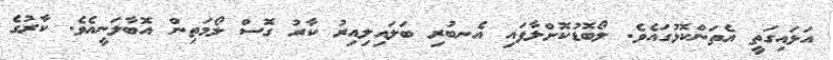
އަޅައިގަތީ އެތަންކޮޅުގައެވެ. ލޯބޮޑުކޮށްލާފައި އެނބުރި ބަލައިލިއިރު ކާރު ގޮސް ލޯމަތިން އޮބާލަނީއެވެ. ކާރުގެ